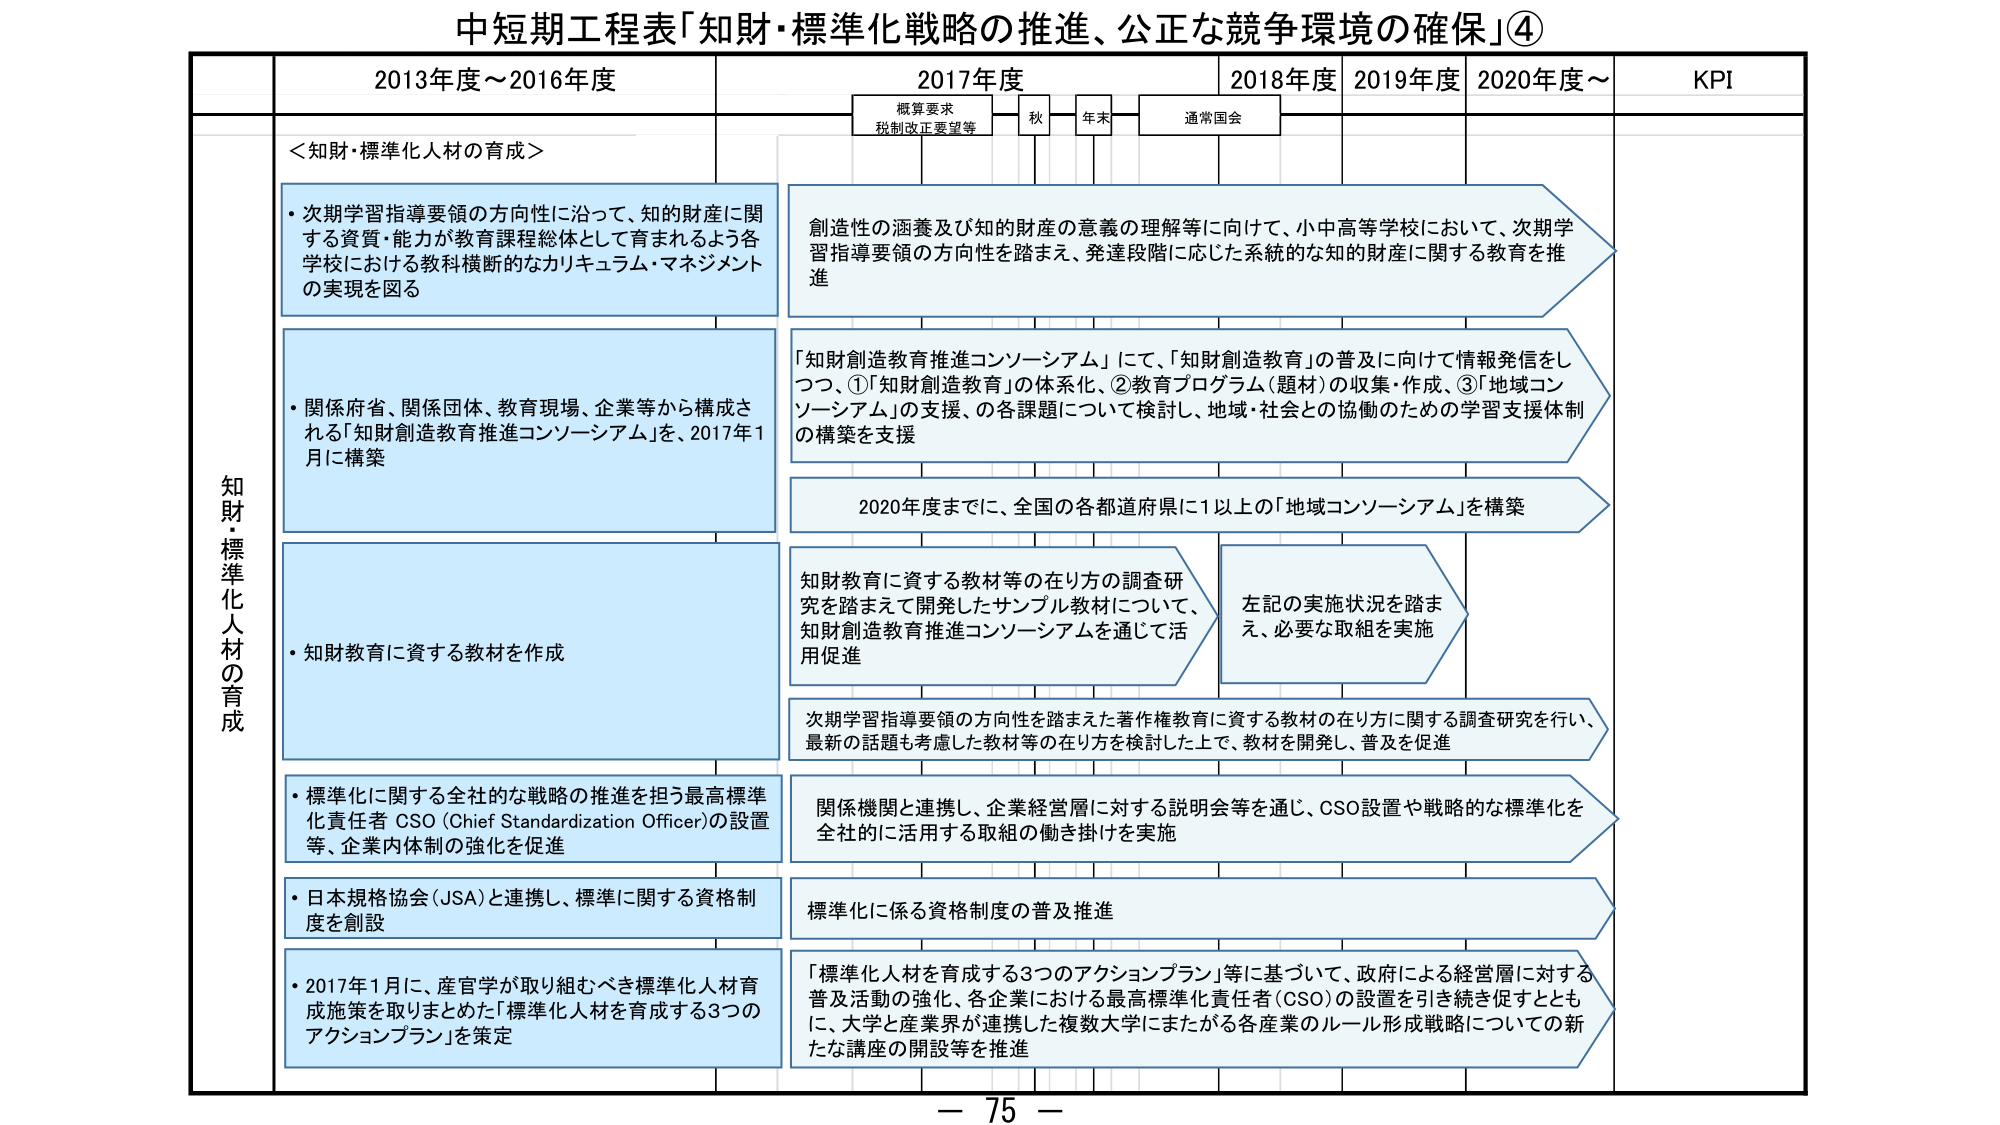
中短期工程表「知財・標準化戦略の推進、公正な競争環境の確保」④

2013年度～2016年度
2017年度
2018年度
2019年度
2020年度～
KPI

概算要求
税制改正要望等
秋
年末
通常国会

知財・標準化人材の育成

＜知財・標準化人材の育成＞

・次期学習指導要領の方向性に沿って、知的財産に関する資質・能力が教育課程総体として育まれるよう各学校における教科横断的なカリキュラム・マネジメントの実現を図る

・関係府省、関係団体、教育現場、企業等から構成される「知財創造教育推進コンソーシアム」を、2017年1月に構築

・知財教育に資する教材を作成

・標準化に関する全社的な戦略の推進を担う最高標準化責任者 CSO (Chief Standardization Officer)の設置等、企業内体制の強化を促進

・日本規格協会（JSA）と連携し、標準に関する資格制度を創設

・2017年1月に、産官学が取り組むべき標準化人材育成施策を取りまとめた「標準化人材を育成する3つのアクションプラン」を策定

創造性の涵養及び知的財産の意義の理解等に向けて、小中高等学校において、次期学習指導要領の方向性を踏まえ、発達段階に応じた系統的な知的財産に関する教育を推進

「知財創造教育推進コンソーシアム」にて、「知財創造教育」の普及に向けて情報発信をしつつ、①「知財創造教育」の体系化、②教育プログラム（題材）の収集・作成、③「地域コンソーシアム」の支援、の各課題について検討し、地域・社会との協働のための学習支援体制の構築を支援

2020年度までに、全国の各都道府県に1以上の「地域コンソーシアム」を構築

知財教育に資する教材等の在り方の調査研究を踏まえて開発したサンプル教材について、知財創造教育推進コンソーシアムを通じて活用促進

左記の実施状況を踏まえ、必要な取組を実施

次期学習指導要領の方向性を踏まえた著作権教育に資する教材の在り方に関する調査研究を行い、最新の話題も考慮した教材等の在り方を検討した上で、教材を開発し、普及を促進

関係機関と連携し、企業経営層に対する説明会等を通じ、CSO設置や戦略的な標準化を全社的に活用する取組の働き掛けを実施

標準化に係る資格制度の普及推進

「標準化人材を育成する3つのアクションプラン」等に基づいて、政府による経営層に対する普及活動の強化、各企業における最高標準化責任者（CSO）の設置を引き続き促すとともに、大学と産業界が連携した複数大学にまたがる各産業のルール形成戦略についての新たな講座の開設等を推進

－ 75 －